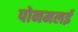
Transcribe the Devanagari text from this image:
पोनमलई